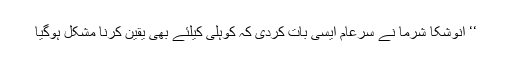
‘‘ انوشکا شرما نے سرعام ایسی بات کردی کہ کوہلی کیلئے بھی یقین کرنا مشکل ہوگیا